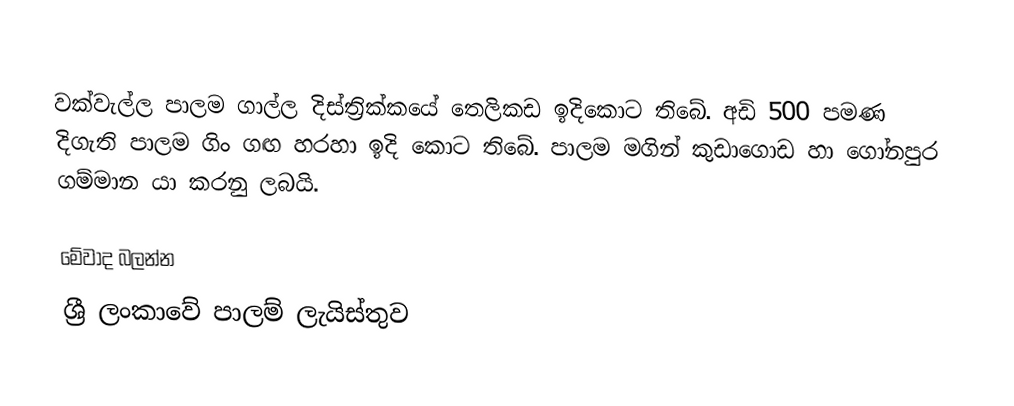
වක්වැල්ල පාලම ගාල්ල දිස්ත්‍රික්කයේ තෙලිකඩ ඉදිකොට තිබේ. අඩි 500 පමණ දිගැති පාලම ගිං ගඟ හරහා ඉදි කොට තිබේ. පාලම මගින් කුඩාගොඩ හා ගෝනපුර ගම්මාන යා කරනු ලබයි.

මේවාද බලන්න
ශ්‍රී ලංකාවේ පාලම් ලැයිස්තුව